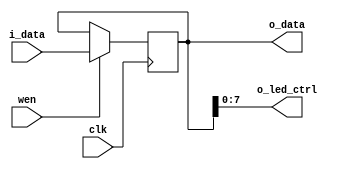
`timescale 1ns / 1ps
//////////////////////////////////////////////////////////////////////////////////
// Company: 
// Engineer: 
// 
// Design Name: 
// Module Name: LEDCtrl
// Project Name: 
// Target Devices: 
// Tool Versions: 
// Description: 
// 
// Dependencies: 
// 
// Revision:
// Revision 0.01 - File Created
// Additional Comments:
// 
//////////////////////////////////////////////////////////////////////////////////


module LEDCtrl(
    input clk,
    input wen,
    input [31:0] i_data,
    output [31:0] o_data,
    output [7:0] o_led_ctrl
    );
    reg [31:0] data;
    always @(posedge clk) begin
        data<=(wen==1'b1)?i_data:data;
    end
    assign o_data=data;
    assign o_led_ctrl=data[7:0];
    
    initial begin
        data<=24;
    end
endmodule